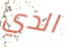
الذي